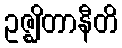
ဥဇ္ဈိတာနီတိ